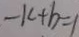
- k + b = 1